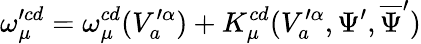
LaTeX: \omega_{\mu}^{\prime cd}=\omega_{\mu}^{cd}(V_{a}^{\prime\alpha})+K_{\mu}^{cd}(V_{a}^{\prime\alpha},\Psi^{\prime},\overline{{{\Psi}}}^{\prime})